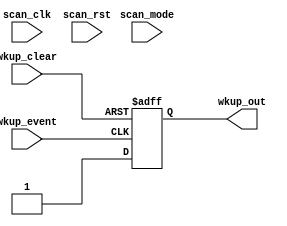
module  omsp_wakeup_cell (

// OUTPUTs
    wkup_out,                  // Wakup signal (asynchronous)

// INPUTs
    scan_clk,                  // Scan clock
    scan_mode,                 // Scan mode
    scan_rst,                  // Scan reset
    wkup_clear,                // Glitch free wakeup event clear
    wkup_event                 // Glitch free asynchronous wakeup event
);

// OUTPUTs
//=========
output         wkup_out;       // Wakup signal (asynchronous)

// INPUTs
//=========
input          scan_clk;       // Scan clock
input          scan_mode;      // Scan mode
input          scan_rst;       // Scan reset
input          wkup_clear;     // Glitch free wakeup event clear
input          wkup_event;     // Glitch free asynchronous wakeup event


//=============================================================================
// 1)  AND GATE
//=============================================================================

// Scan stuff for the ASIC mode
`ifdef ASIC
   wire wkup_rst;
   omsp_scan_mux scan_mux_rst (
                               .scan_mode    (scan_mode),
                               .data_in_scan (scan_rst),
                               .data_in_func (wkup_clear),
                               .data_out     (wkup_rst)
   );

   wire wkup_clk;
   omsp_scan_mux scan_mux_clk (
                               .scan_mode    (scan_mode),
                               .data_in_scan (scan_clk),
                               .data_in_func (wkup_event),
                               .data_out     (wkup_clk)
   );

`else
   wire wkup_rst  =  wkup_clear;
   wire wkup_clk  =  wkup_event;
`endif

// Wakeup capture
reg    wkup_out;
always @(posedge wkup_clk or posedge wkup_rst)
  if (wkup_rst) wkup_out <= 1'b0;
  else          wkup_out <= 1'b1;


endmodule